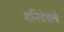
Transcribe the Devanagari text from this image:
शनिदेवाचे